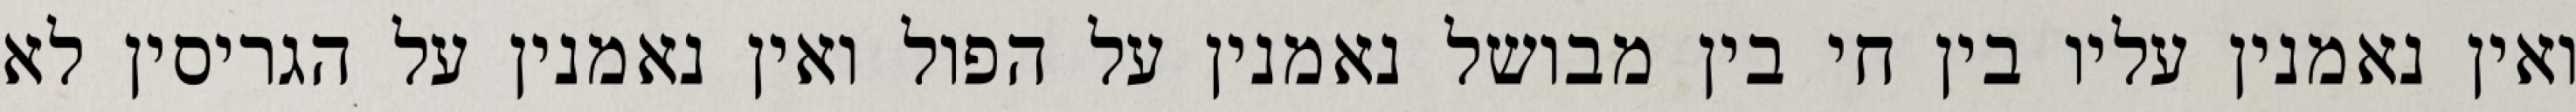
ואין נאמנין עליו בין חי בין מבושל נאמנין על הפול ואין נאמנין על הגריסין לא